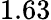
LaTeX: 1.63